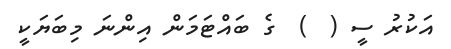
އަކުރު ސީ (  )  ގެ ބައްޓަމަން އިންނަ މިބަޔަކީ